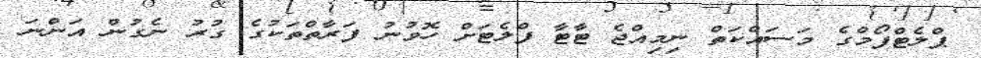
ޕްލެޓްފޯމްގެ މަސައްކަތް ނިމިއްޖެ ޓާޓާ ފްލެޓަށް ހޮވުނު ފަރާތްތަކުގެ ގުރު ނެގުން އަންނަ